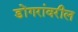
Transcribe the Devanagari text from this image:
डोंगरांवरील